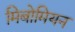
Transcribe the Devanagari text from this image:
मिबोमियन